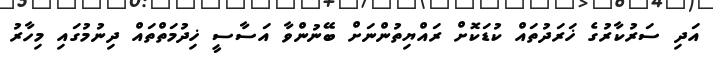
އަދި ސަރުކާރުގެ ޚަރަދުތައް ކުޑަކޮށް ރައްޔިތުންނަށް ބޭނުންވާ އަސާސީ ޚިދުމަތްތައް ދިނުމުގައި މިހާރު